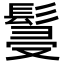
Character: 䯹